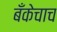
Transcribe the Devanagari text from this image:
बँकेचाच